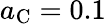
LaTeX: a_{\mathrm{C}}=0.1